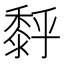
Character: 𪏹